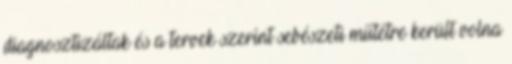
diagnosztizáltak és a tervek szerint sebészeti műtétre került volna